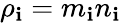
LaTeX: \rho_{\mathbf{i}}=m_{\mathbf{i}}n_{\mathbf{i}}